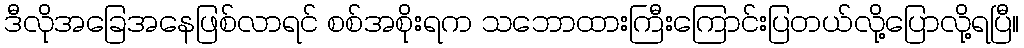
ဒီလိုအခြေအနေဖြစ်လာရင် စစ်အစိုးရက သဘောထားကြီးကြောင်းပြတယ်လို့ပြောလို့ရပြီ။